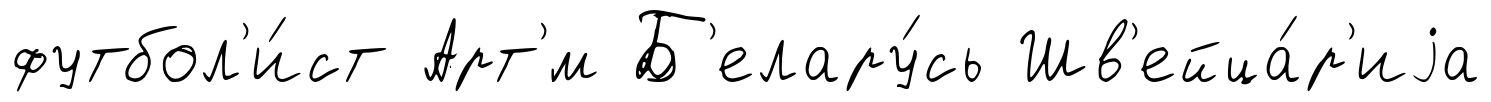
футбол'и́ст Арт'́м Б'елару́сь Шв'ейца́р'иjа